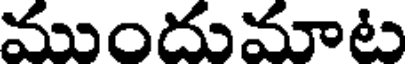
ముందుమాట